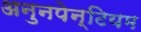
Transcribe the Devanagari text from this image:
अनुनपेन्टियम